Indian journal of veterinary science and animal husbandry - Volume 13,
Year: 1943
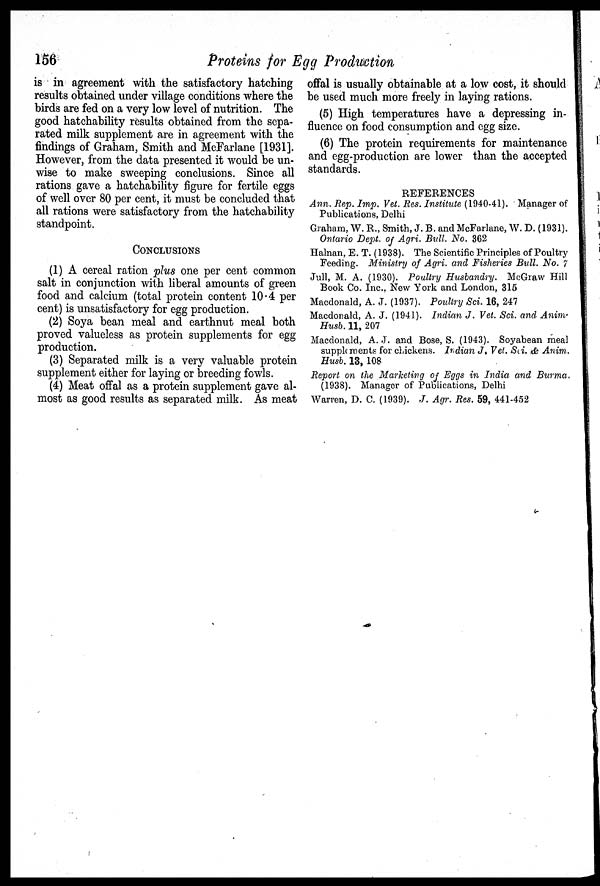
156
Proteins for Egg Production
is in agreement with the satisfactory hatching
results obtained under village conditions where the
birds are fed on a very low level of nutrition. The
good hatchability results obtained from the sepa-
rated milk supplement are in agreement with the
findings of Graham, Smith and McFarlane [1931].
However, from the data presented it would be un-
wise to make sweeping conclusions. Since all
rations gave a hatchability figure for fertile eggs
of well over 80 per cent, it must be concluded that
all rations were satisfactory from the hatchability
standpoint.
CONCLUSIONS
(1) A cereal ration plus one per cent common
salt in conjunction with liberal amounts of green
food and calcium (total protein content 10.4 per
cent) is unsatisfactory for egg production.
(2) Soya bean meal and earthnut meal both
proved valueless as protein supplements for egg
production.
(3) Separated milk is a very valuable protein
supplement either for laying or breeding fowls.
(4) Meat offal as a protein supplement gave al-
most as good results as separated milk. As meat
offal is usually obtainable at a low cost, it should
be used much more freely in laying rations.
(5) High temperatures have a depressing in-
fluence on food consumption and egg size.
(6) The protein requirements for maintenance
and egg-production are lower than the accepted
standards.
REFERENCES
Ann. Rep. Imp. Vet. Res. Institute (1940-41). Manager of
Publications, Delhi
Graham, W. R., Smith, J. B. and McFarlane, W. D. (1931).
Ontario Dept. of Agri. Bull. No. 362
Halnan, E. T. (1938). The Scientific Principles of Poultry
Feeding. Ministry of Agri. and Fisheries Bull. No. 7
Jull, M. A. (1930). Poultry Husbandry. McGraw Hill
Book Co. Inc., New York and London, 315
Macdonald, A. J. (1937). Poultry Sci. 16, 247
Macdonald, A. J. (1941). Indian J. Vet. Sci. and Anim.
Husb. 11, 207
Macdonald, A. J. and Bose, S. (1943). Soyabean meal
supplements for chickens. Indian J. Vet. Sci. & Anim.
Husb. 13, 108
Report on the Marketing of Eggs in India and Burma.
(1938). Manager of Publications, Delhi
Warren, D. C. (1939). J. Agr. Res. 59, 441-452